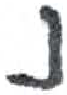
אות: נ